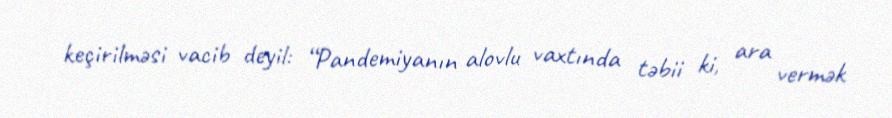
keçirilməsi vacib deyil: “Pandemiyanın alovlu vaxtında təbii ki, ara vermək